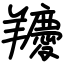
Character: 羻